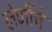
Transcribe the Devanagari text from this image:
लेणींचे